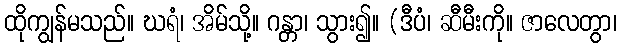
ထိုကျွန်မသည်။ ဃရံ၊ အိမ်သို့။ ဂန္တာ၊ သွား၍။ (ဒီပံ၊ ဆီမီးကို။ ဇာလေတွာ၊